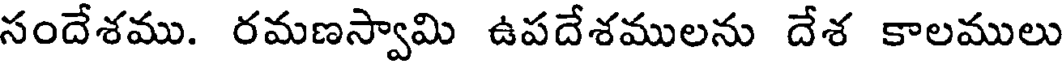
సందేశము. రమణస్వామి ఉపదేశములను దేశ కాలములు